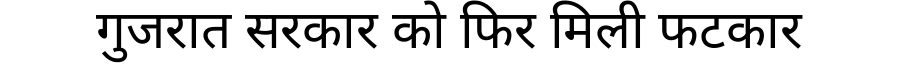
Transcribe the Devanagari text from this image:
गुजरात सरकार को फिर मिली फटकार